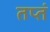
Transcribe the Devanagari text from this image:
तप्तं